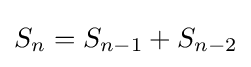
S_{n}=S_{n-1}+S_{n-2}